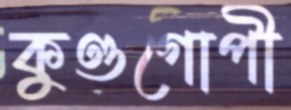
কুণ্ডগোপী